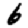
Digit: 6